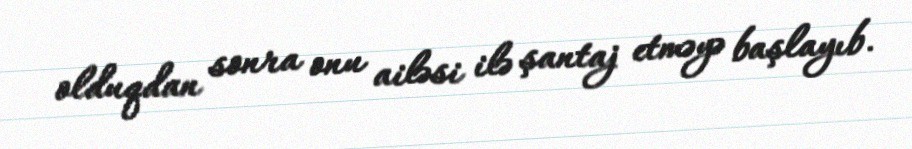
olduqdan sonra onu ailəsi ilə şantaj etməyə başlayıb.